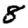
Digit: 8